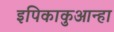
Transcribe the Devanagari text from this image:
इपिकाकुआन्हा